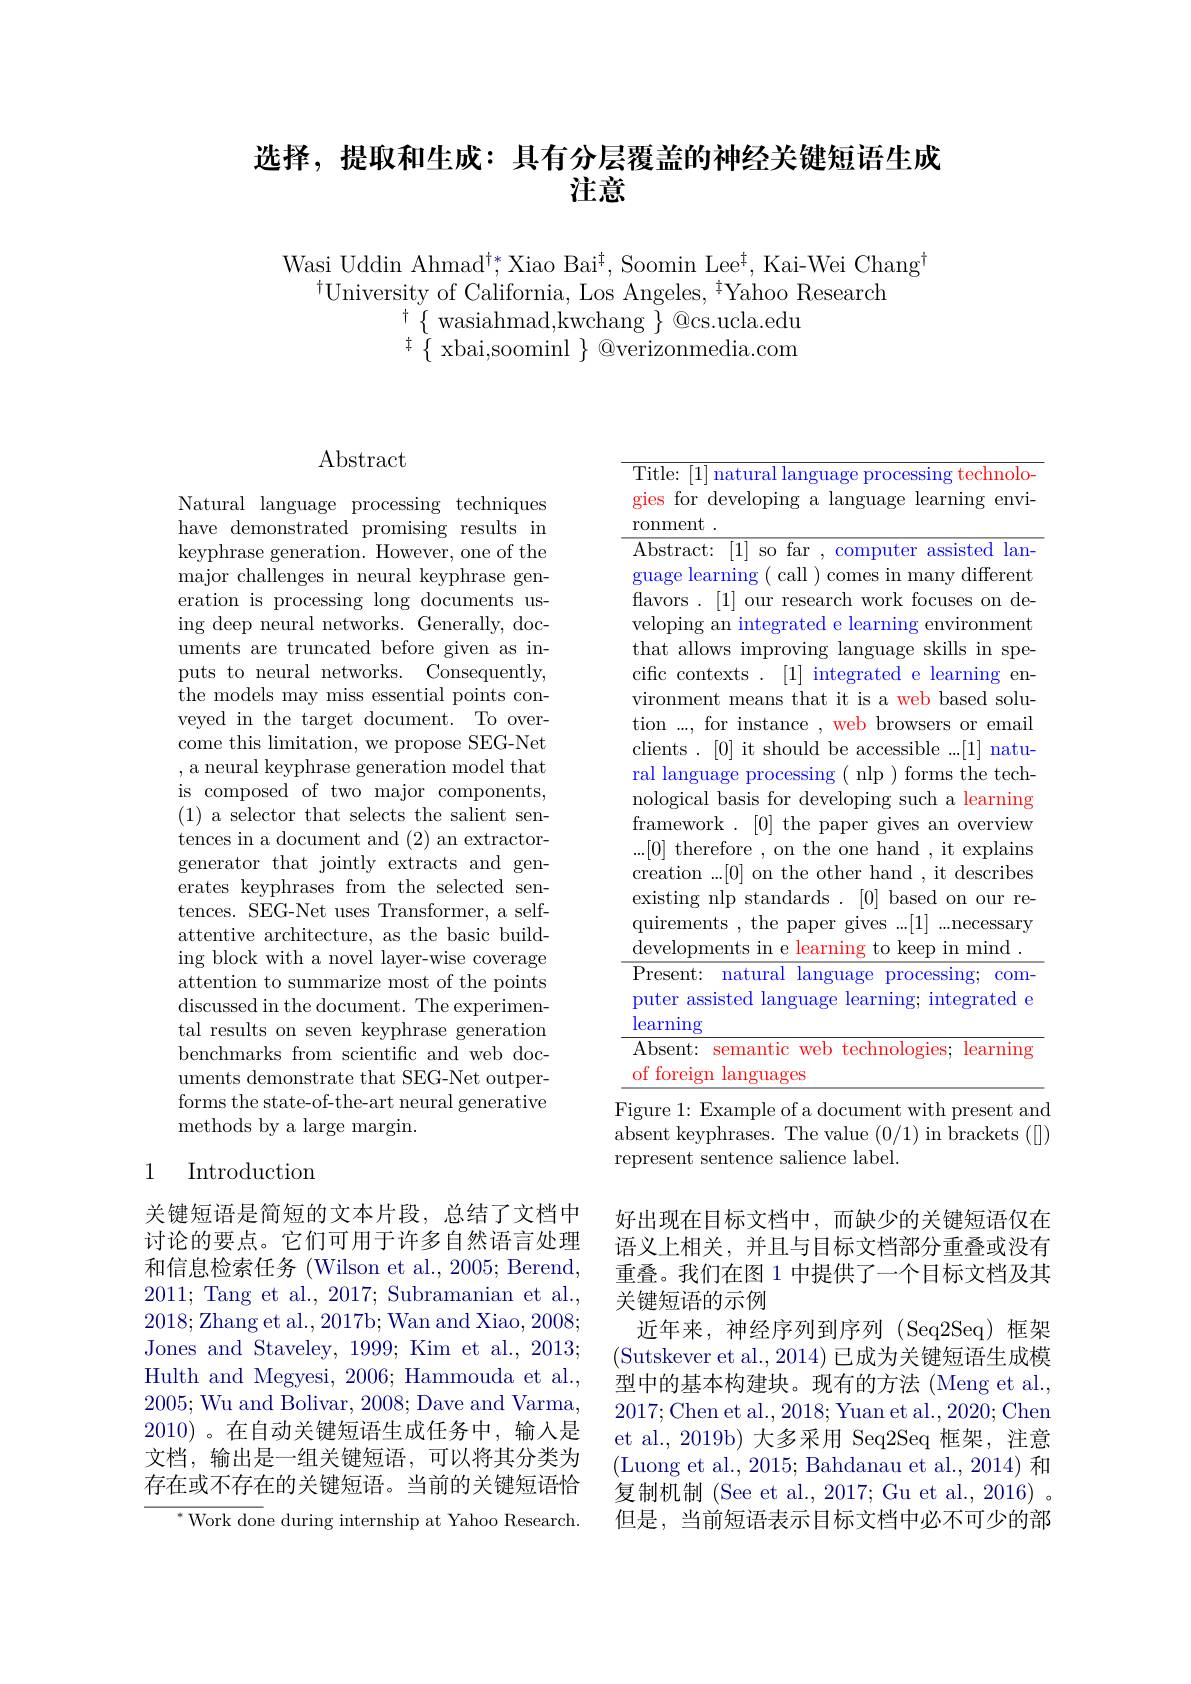
## 选择，提取和生成：具有分层覆盖的神经关键短语生成注意

Wasi Uddin Ahmad$^\dagger*$,Xiao Bai$^\dagger$,Soomin Lee$^\dagger$, Kai-Wei Chang$^\dagger$
$^{\dagger}$University of California, Los Angeles, $^{\dagger}$Yahoo Research
$^{\dagger}\{$wasiahmad,kwchang $\}@$cs.ucla.edu ${\stackrel{\dagger}{\operatorname*{\operatorname*{\operatorname*{\{}}}}}{\operatorname*{\operatorname*{xbai,soominl}}}\}{\operatorname*{@}}$verizonmedia.com

# Abstract

Natural language processing techniques have demonstrated promising results in keyphrase generation. However, one of the major challenges in neural keyphrase generation is processing long documents using deep neural networks. Generally, documents are truncated before given as inputs to neural networks. Consequently, ${\mathrm{the~models~may~miss~essential~points~con-}}$ veyed in the target document. To overcome this limitation, we propose SEG-Net , a neural keyphrase generation model that is composed of two major components, (1) a selector that selects the salient sentences in a document and (2) an extractorgenerator that jointly extracts and generates keyphrases from the selected sentences. SEG-Net uses Transformer, a selfattentive architecture, as the basic building block with a novel layer-wise coverage attention to summarize most of the points discussed in the document. The experimental results on seven keyphrase generation benchmarks from scientific and web documents demonstrate that SEG-Net outperforms the state-of-the-art neural generative methods by a large margin.

## 1 Introduction

关键短语是简短的文本片段，总结了文档中讨论的要点。它们可用于许多自然语言处理和信息检索任务 (Wilson et al., 2005; Berend, 2011; Tang et al., 2017; Subramanian et al., 2018;Zhang et al.,2017b; Wan and Xiao, 2008; Jones and Staveley, 1999; Kim et al., 2013; Hulth and Megyesi, 2006; Hammouda et al., 2005; Wu and Bolivar, 2008; Dave and Varma, 2010)。在自动关键短语生成任务中，输入是文档，输出是一组关键短语，可以将其分类为存在或不存在的关键短语。当前的关键短语恰

$^{*}$Work done during internship at Yahoo Research.

$\overline{\mathrm{Title:~[1]~natural~language~processing~technolo-}}$ gies for developing a language learning environment
Abstract: [1] so far , computer assisted language learning ( call ) comes in many different flavors . [1] our research work focuses on developing an integrated e learning environment that allows improving language skills in specific contexts . [1] integrated e learning environment means that it is a web based solution ..., for instance , web browsers or email clients . [0] it should be accessible ...[1] natural language processing ( nlp ) forms the technological basis for developing such a learning framework . [0] the paper gives an overview ...[0] therefore , on the one hand , it explains creation ...[0] on the other hand , it describes existing nlp standards .[0] based on our requirements , the paper gives ...[1] ...necessary developments in e learning to keep in mind . $\frac{\bar{\text{Present: natural language processing; com-}}}{\bar{\text{Present: natural language processing; com-}}}$ puter assisted language learning; integrated e $\underline{\text{learning}}$
$\overline{\text{Absent: semantic web technologies; learning}}$
of foreign languages
Figure 1: Example of a document with present and

absent keyphrases. The value (0/1) in brackets ([])
represent sentence salience label.

好出现在目标文档中，而缺少的关键短语仅在语义上相关，并且与目标文档部分重叠或没有重叠。我们在图 1 中提供了一个目标文档及其关键短语的示例
近年来，神经序列到序列(Seq2Seq)框架(Sutskever et al., 2014) 已成为关键短语生成模型中的基本构建块。现有的方法 (Meng et al., 2017;Chen et al.,2018;Yuan et al.,2020;Chen et al.,2019b) 大多采用 Seq2Seq 框架，注意(Luong et al., 2015; Bahdanau et al., 2014) 和复制机制 (See et al., 2017; Gu et al., 2016) 。但是，当前短语表示目标文档中必不可少的部